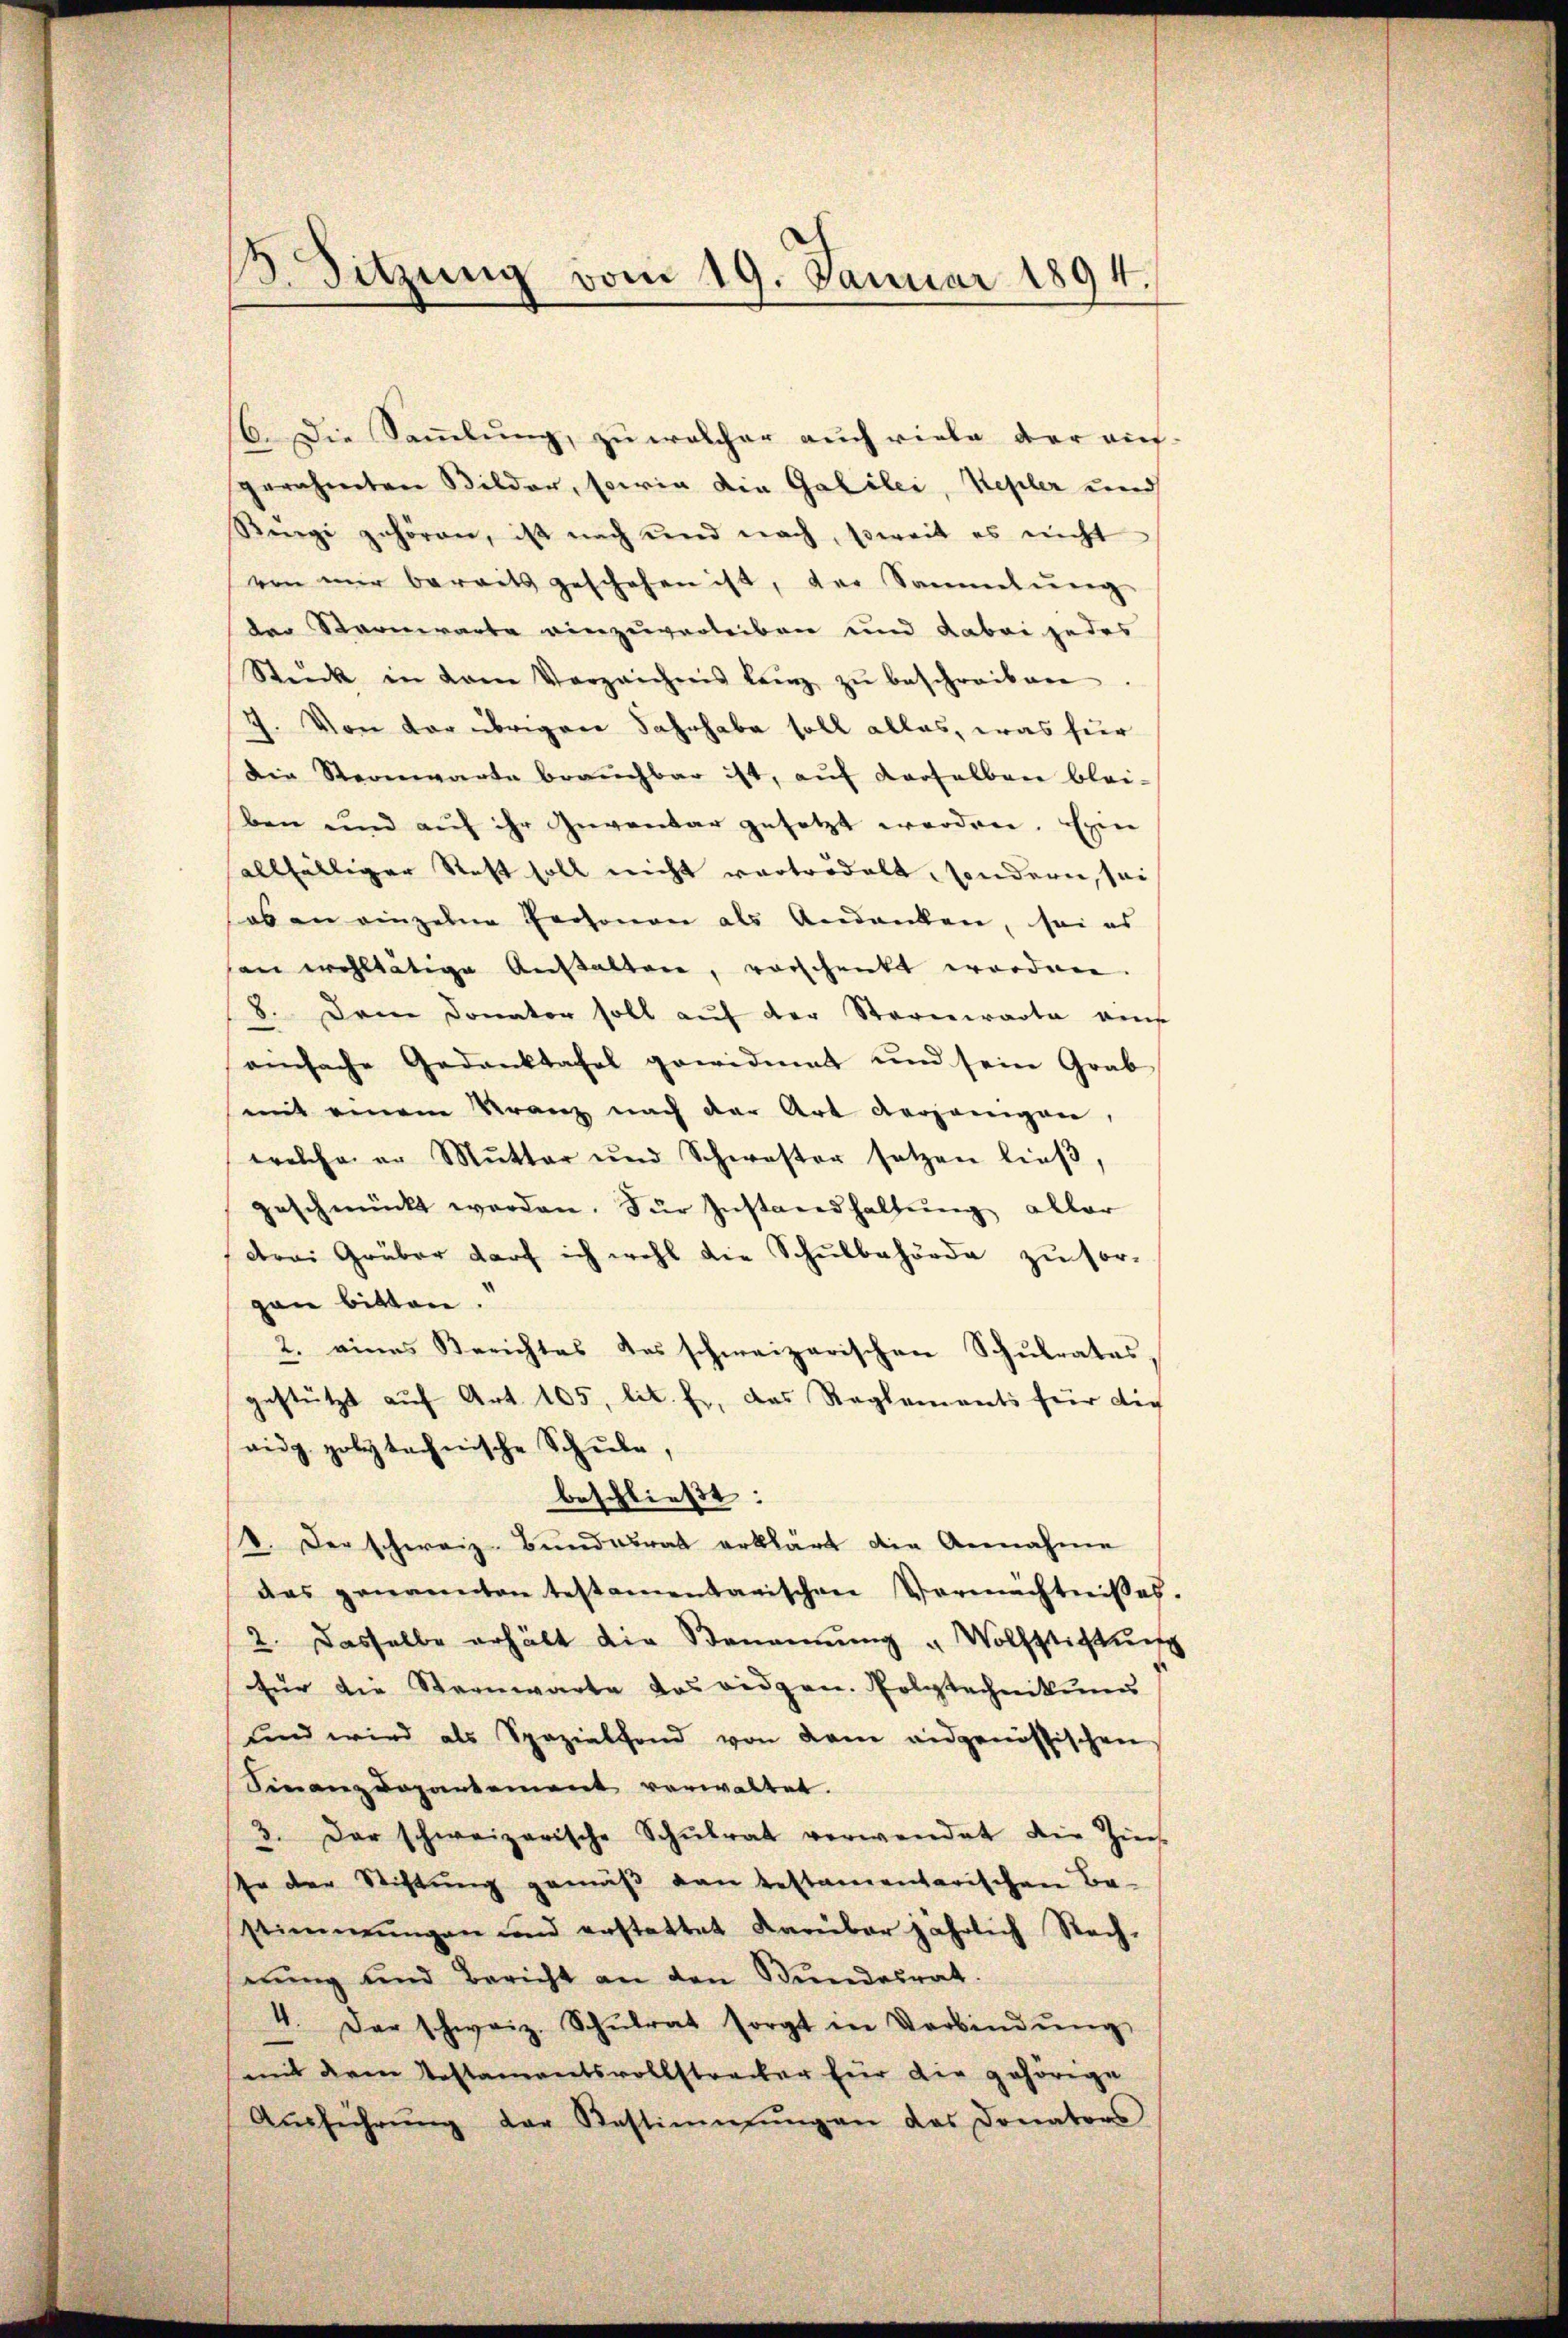
3. Sitzung vom 19. Januar 1894.

6. Die Saṁlŭng, zu welcher auch viele der auf-
gerahmten Bilder, sowie die Gabiler, Kepler und
Rigi gehören, ist nach und nach, soweit es nicht
von mir bereits geschehen ist, der Sammlung
der Sternwarte einzuverleiben und dabei jedes
Stück in dem Verzeichnis lang zŭ beschreiben.
7. Von der übrigen Fahrhabe soll alles, was für
Die Sternwarte brauchbar ist, auf derselben blei-
ben und aŭf ihr Inventar gesetzt worden. Ein
allfälliger Rest soll nicht vertrödelt, sondern, sei
sos an einzelne Personen als Andanken, sei es
an wohltätige Anstalten, vorschenkt worden.
8. Dem Donator soll auf der Sternwarte ains
einfache Gedanktafel gewidmet und sein Grab
mit einem Kranz nach der Art derjenigen,
welche er Mŭtter und Schwester setzen lieβ,
eschmückt werden. Für Instandhaltŭng aller
drei Grüber darf ich wohl die Schulbehörde zŭ sor-
gan bitten.
2. eines Berichtes des schweizerischen Schulrates,
gestützt auf Art. 105 lit. Er, das Reglements für die
aidg. polytechnische Schule,
beschließt:
V. Der schweiz. Bundesrat erklärt die Annahme
das genannten testamentarischen Vermächtnisses.
2. Dasselbe erhält die Benennung „Wolfstichtung
für die Sternwarte das eidgen. Polytechnikums
und wird als Spezialfond von dem eidgenössischen
Finanzdepartement verwaltet.
3. Der schweizerische Schŭlrat verwendet die Zins
In der Stichtung gemäβ van testamentarischen Be-
stimmungen und erstattet darüber jährlich Rech-
nŭng und Bericht an den Bundesrat.
4. Der schweiz. Schŭlrat sorgt in Verbindŭng
mit deren Testamentsvollstrecker für die gehörige
Aŭsführŭng der Bestimmung an das Donators